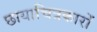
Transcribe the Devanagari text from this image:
छायाचित्रकारों